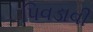
પિવડાવી